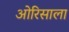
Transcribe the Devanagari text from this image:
ओरिसाला